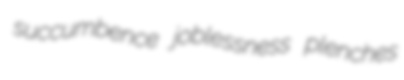
succumbence joblessness plenches